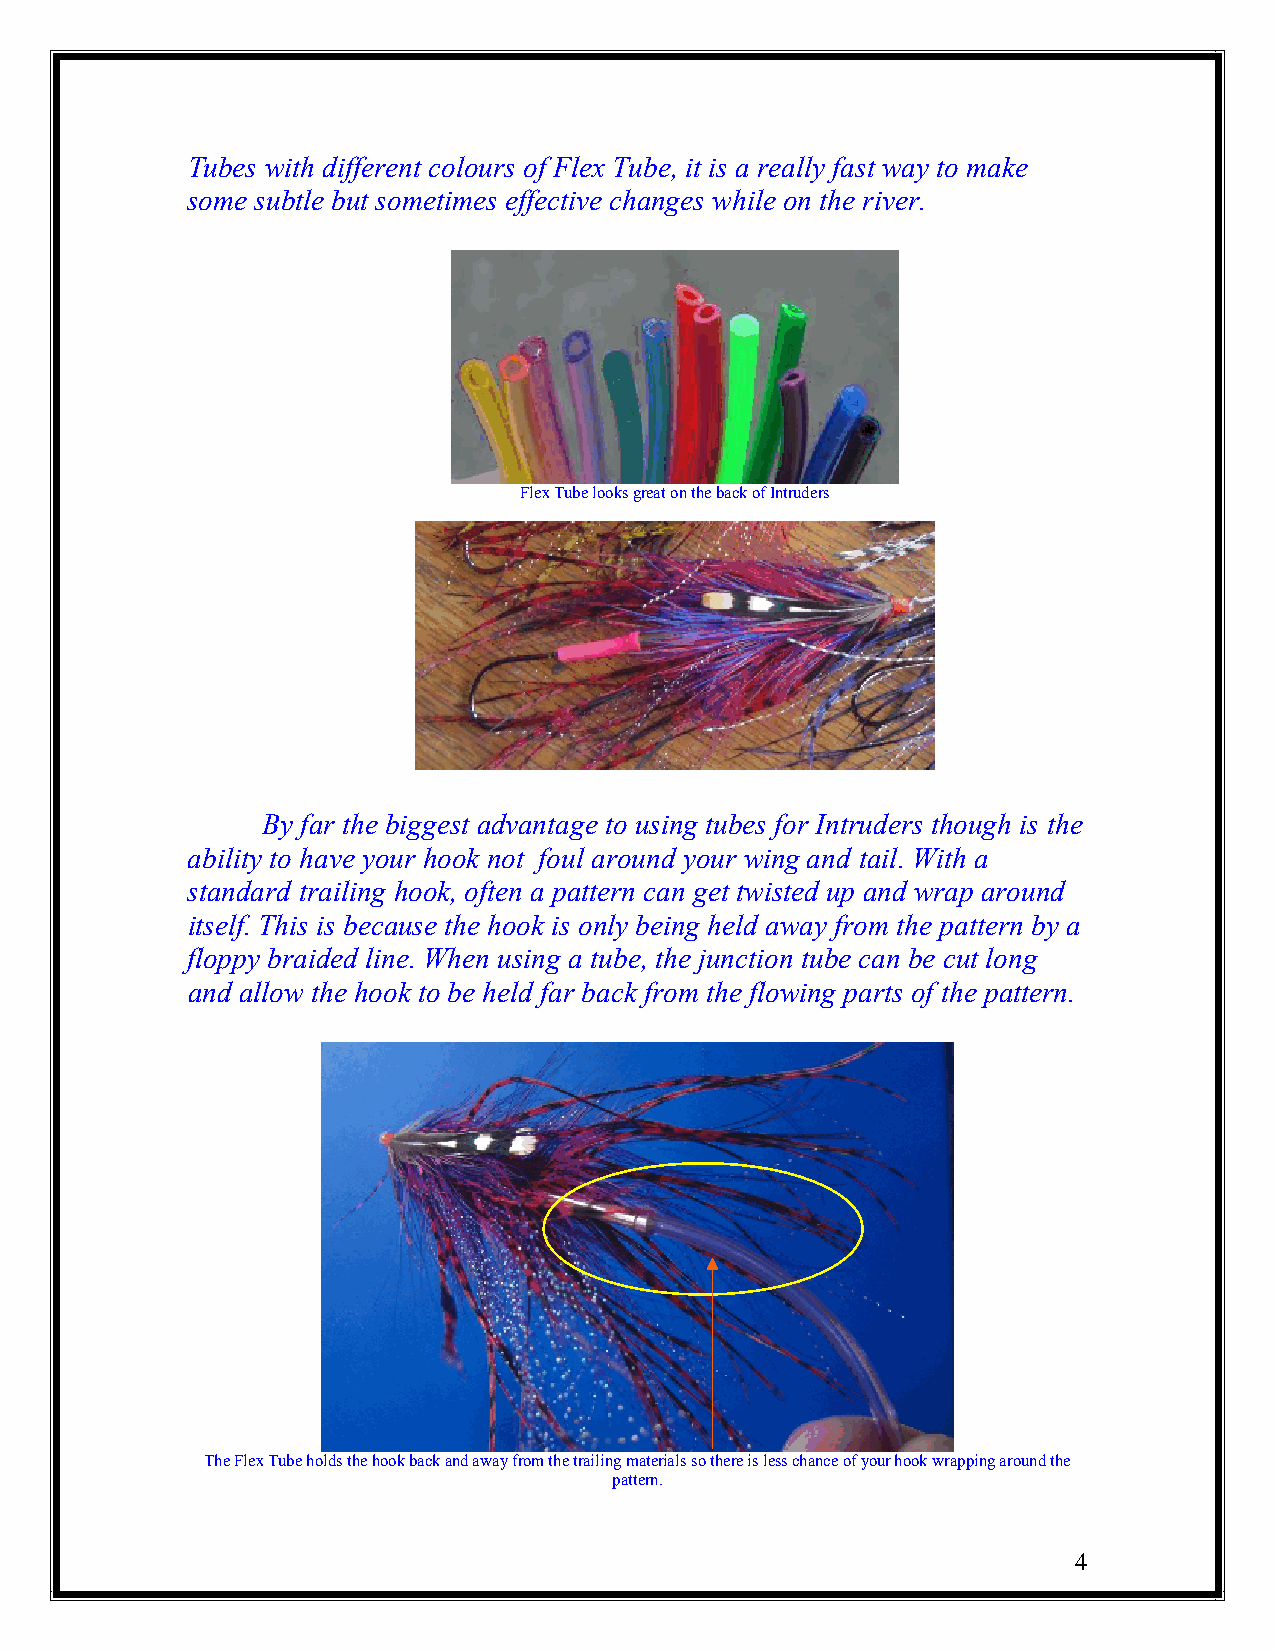
Tubes with different colours of Flex Tube, it is a really fast way to make
 some subtle but sometimes effective changes while on the river.
 Flex Tube looks great on the back of Intruders
 By far the biggest advantage to using tubes for Intruders though is the
 ability to have your hook not foul around your wing and tail. With a
 standard trailing hook, often a pattern can get twisted up and wrap around
 itself. This is because the hook is only being held away from the pattern by a
 floppy braided line. When using a tube, the junction tube can be cut long
 and allow the hook to be held far back from the flowing parts of the pattern.
 The Flex Tube holds the hook back and away from the trailing materials so there is less chance of your hook wrapping around the
 pattern.
 4